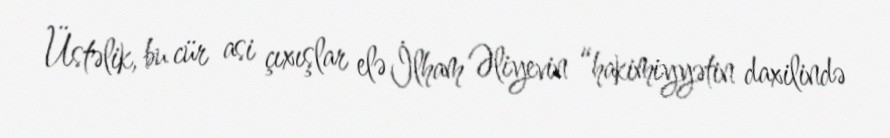
Üstəlik, bu cür asi çıxışlar elə İlham Əliyevin “hakimiyyətin daxilində